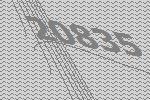
20835